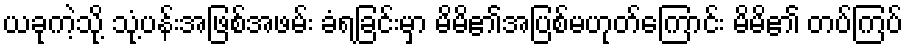
ယခုကဲ့သို့ သုံ့ပန်းအဖြစ်အဖမ်း ခံရခြင်းမှာ မိမိ၏အပြစ်မဟုတ်ကြောင်း မိမိ၏ တပ်ကြပ်